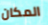
المكان